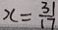
x = \frac { 3 1 } { 1 7 }